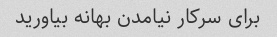
برای سرکار نیامدن بهانه بیاورید